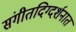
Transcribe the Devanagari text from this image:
संगीतदिग्दर्शनात